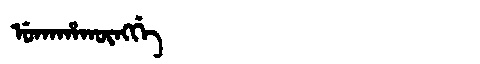
Manchu: ᡠᡴᠠᡥᠠᡴᡡᠩᡤᡝ
Romanization: UKAHAKŪNGGE